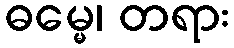
ဓမ္မေ၊ တရား